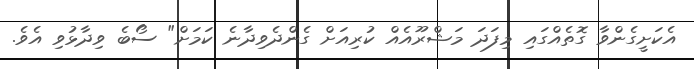
އެކަށީގެންވާ ގޮތެއްގައި މިފަދަ މަޝްރޫއެއް ކުރިއަށް ގެންދެވިދާނެ ކަމަށް" ސޯބެ ވިދާޅުވި އެވެ.